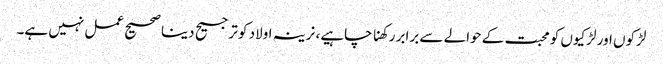
لڑکوں اور لڑکیوں کو محبت کے حوالے سے برابر رکھنا چاہیے، نرینہ اولاد کو ترجیح دینا صحیح عمل نہیں ہے۔